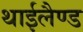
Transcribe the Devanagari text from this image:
थाईलैण्‍ड